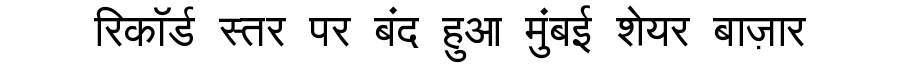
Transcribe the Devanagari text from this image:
रिकॉर्ड स्तर पर बंद हुआ मुंबई शेयर बाज़ार